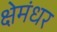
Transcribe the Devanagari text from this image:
क्षेमंधर